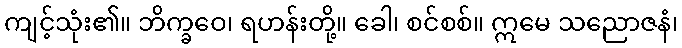
ကျင့်သုံး၏။ ဘိက္ခဝေ၊ ရဟန်းတို့။ ခေါ၊ စင်စစ်။ ဣမေ သညောဇနံ၊